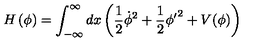
H \left( \phi \right) = \int _ { - \infty } ^ { \infty } d x \left( \frac { 1 } { 2 } \dot { \phi } ^ { 2 } + \frac { 1 } { 2 } { \phi ^ { \prime } } ^ { 2 } + V ( \phi ) \right)